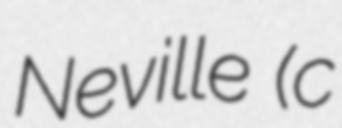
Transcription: Neville (c